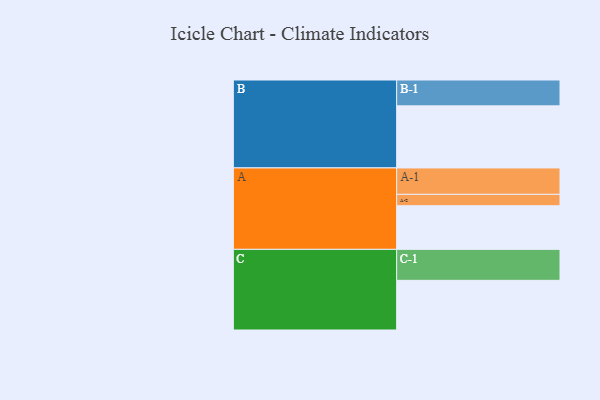
{"axis": {"x": "Segment", "y": "Value"}, "legend": ["", "A", "B", "C"], "data": [{"x": "A", "y": 383, "type": ""}, {"x": "B", "y": 545, "type": ""}, {"x": "C", "y": 436, "type": ""}, {"x": "A-1", "y": 232, "type": "A"}, {"x": "A-2", "y": 100, "type": "A"}, {"x": "B-1", "y": 227, "type": "B"}, {"x": "C-1", "y": 272, "type": "C"}]}